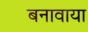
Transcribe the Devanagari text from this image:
बनावाया